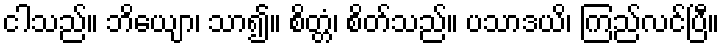
ငါသည်။ ဘိယျော၊ သာ၍။ စိတ္တံ၊ စိတ်သည်။ ပသာဒယိ၊ ကြည်လင်ပြီ။